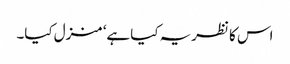
اس کا نظریہ کیا ہے‘ منزل کیا۔